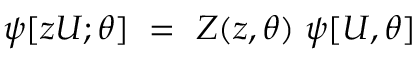
\psi [ z U ; \theta ] ~ = ~ { \cal Z } ( z , \theta ) ~ \psi [ U , \theta ]